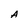
Character: A